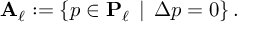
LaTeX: \mathbf { A } _ { \ell } : = \{ p \in \mathbf { P } _ { \ell } \, \mid \, \Delta p = 0 \} \, .